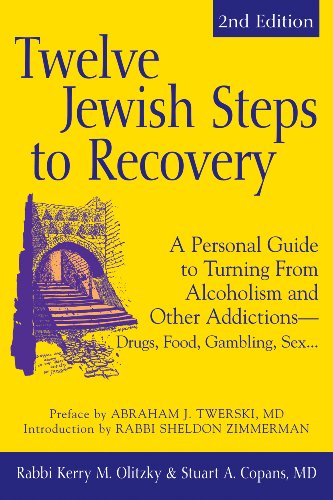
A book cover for Twelve Jewish Steps to Recovery: A Personal Guide to Turning From Alcoholism and Other AddictionsDrugs, Food, Gambling, Sex... (The Jewsih Lights Twelve Steps Series); Dr. Stuart A. Copans MD; Health, Fitness & Dieting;